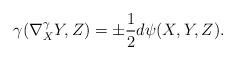
LaTeX: \begin{align*}\gamma(\nabla^{\gamma}_XY,Z) =\pm\frac{1}{2}d\psi(X,Y,Z).\end{align*}